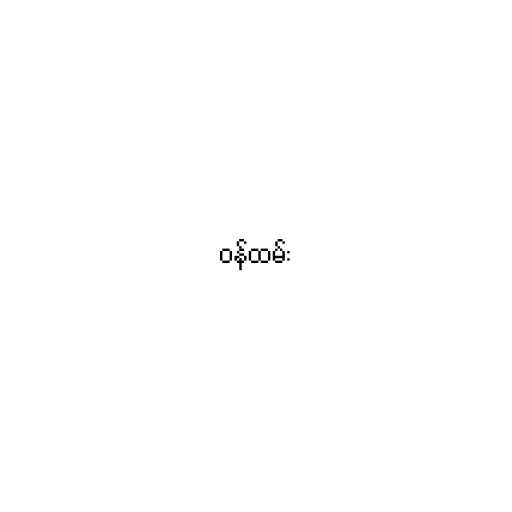
ဝန်ထမ်း